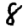
Digit: 8